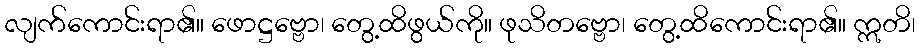
လျက်ကောင်းရာ၏။ ဖောဋ္ဌဗ္ဗော၊ တွေ့ထိဖွယ်ကို။ ဖုသိတဗ္ဗော၊ တွေ့ထိကောင်းရာ၏။ ဣတိ၊